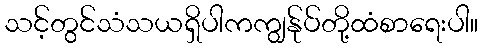
သင့်တွင်သံသယရှိပါကကျွန်ုပ်တို့ထံစာရေးပါ။